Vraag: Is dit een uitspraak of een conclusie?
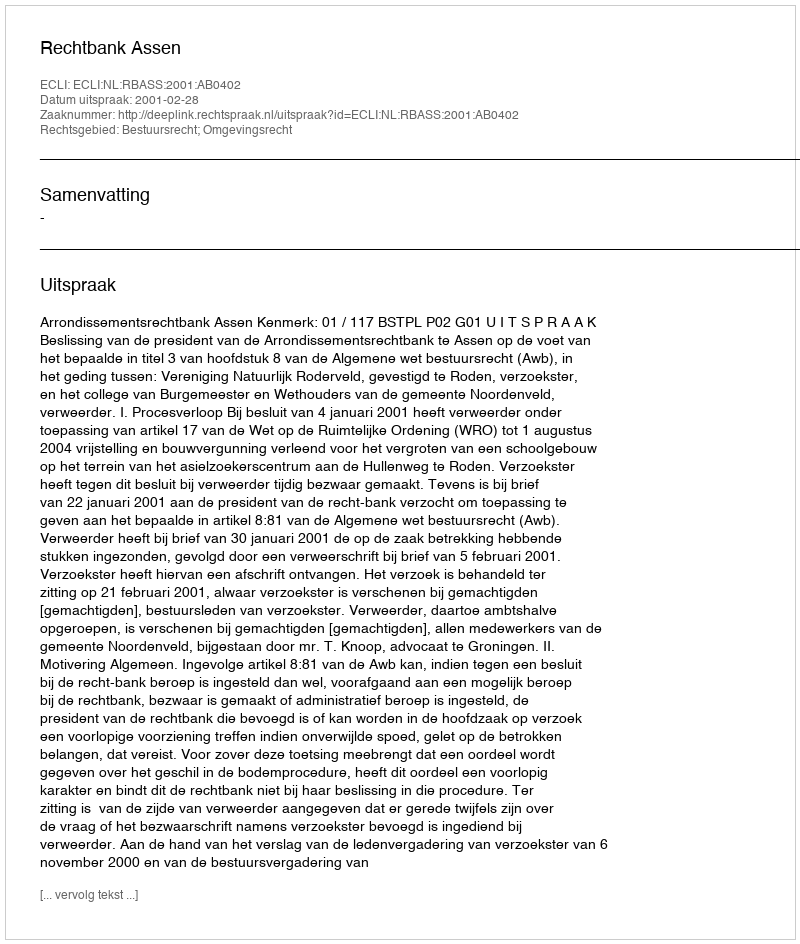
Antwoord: Uitspraak